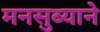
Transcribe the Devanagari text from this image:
मनसुब्याने